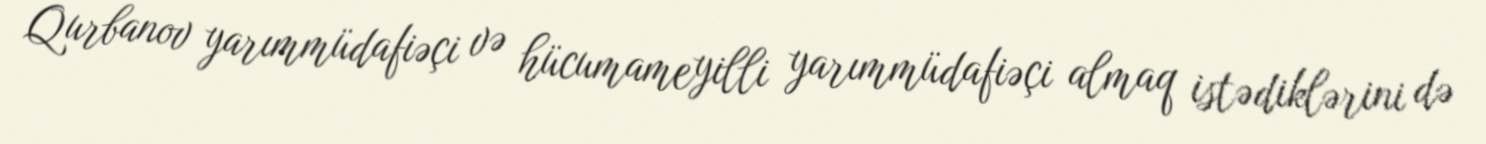
Qurbanov yarımmüdafiəçi və hücumameyilli yarımmüdafiəçi almaq istədiklərini də